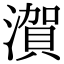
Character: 㵑